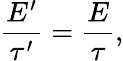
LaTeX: \frac{E^{\prime}}{\tau^{\prime}}=\frac{E}{\tau},